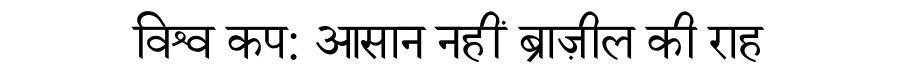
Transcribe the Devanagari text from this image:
विश्व कप: आसान नहीं ब्राज़ील की राह